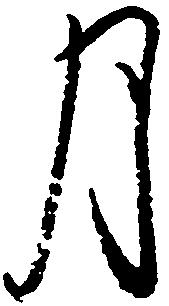
月